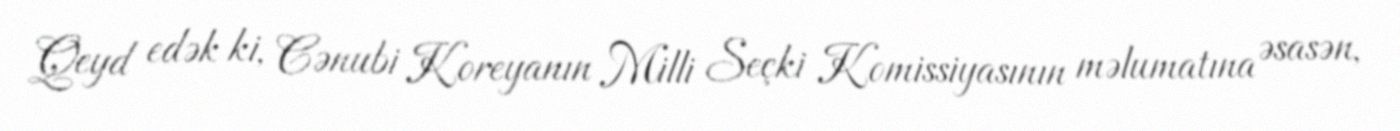
Qeyd edək ki, Cənubi Koreyanın Milli Seçki Komissiyasının məlumatına əsasən,